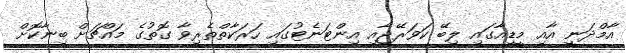
އާމްދަނީ އާއި މީޑިއާގައި ލިބޭ ކަވަރޭޖާއި އިންޓަނެޓުގައި ހަރަކާތްތެރިވާ ގޮތުގެ މައްޗަށް ބިނާކޮށް